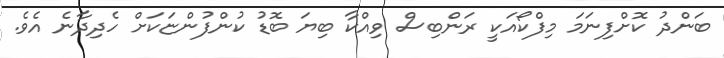
ބަންދު ކޮށްފިނަމަ މިފްކޯއަކީ ރަންބިސް ވިއްކާ ބިޔަ ބޮޑު ކުންފުންޏަކަށް ހެދިދާނެ އެވެ.